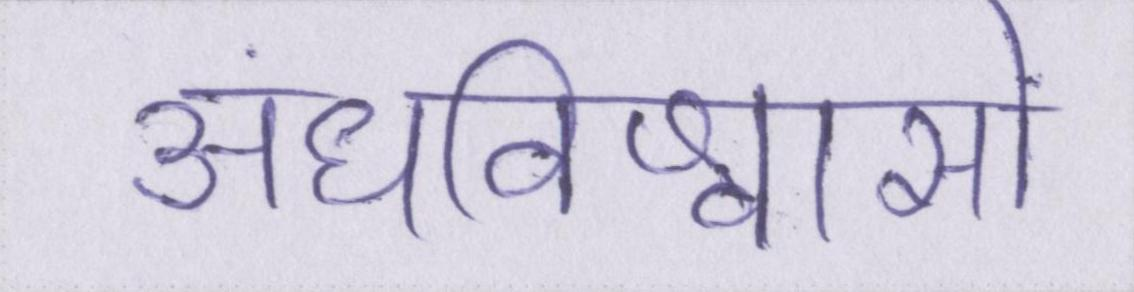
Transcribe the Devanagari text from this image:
अंधविश्वासों